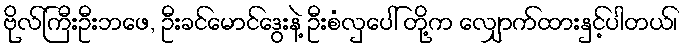
ဗိုလ်ကြီးဦးဘဖေ, ဦးခင်မောင်ဒွေးနဲ့ ဦးစံလှပေါ် တို့က လျှောက်ထားနှင့်ပါတယ်၊